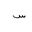
Letter: _sin